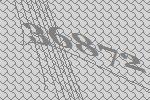
36872